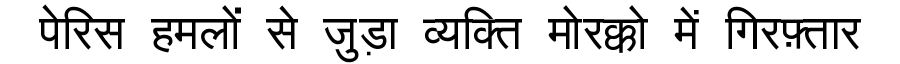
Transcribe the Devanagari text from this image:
पेरिस हमलों से जुड़ा व्यक्ति मोरक्को में गिरफ़्तार